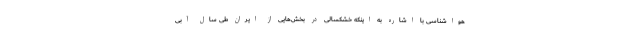
هواشناسی با اشاره به اینکه خشکسالی در بخش‌هایی از ایران طی سال آبی